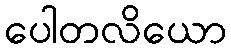
ပေါတလိယော